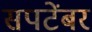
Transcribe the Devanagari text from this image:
सपटेंबर